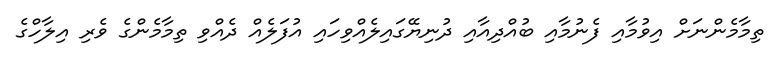
ތިމާމެންނަށް އިވުމާއި ފެނުމާއި ބުއްދިއާއި ދުނިޔޭގައިލެއްވިހައި އުފަލެއް ދެއްވި ތިމާމެންގެ ވެރި އިލާހްގެ